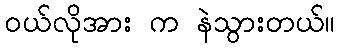
ဝယ်လိုအား က နဲသွားတယ်။